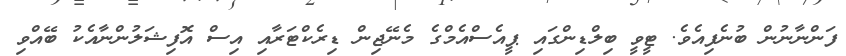
ފަންނާނުން ބުނެފިއެވެ. ޓީވީ ބިލްޑިންގައި ޕީއެސްއެމްގެ މެނޭޖިން ޑިރެކްޓަރާއި އިސް އޮފިޝަލުންނާއެކު ބޭއްވި